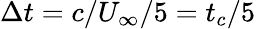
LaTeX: \Delta t=c/U_{\infty}{/5}=t_{c}{/5}